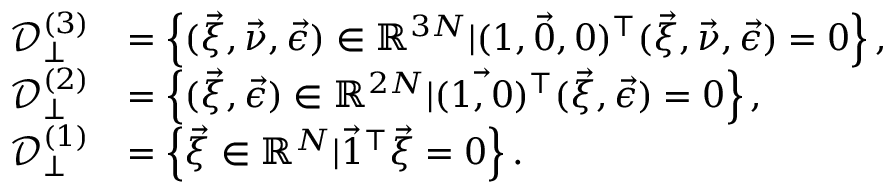
\begin{array} { r l } { \mathcal { D } _ { \perp } ^ { ( 3 ) } } & { = \left\{ ( \vec { \xi } , \vec { \nu } , \vec { \epsilon } ) \in \mathbb { R } ^ { 3 N } | ( \vec { 1 , 0 , 0 } ) ^ { \top } ( \vec { \xi } , \vec { \nu } , \vec { \epsilon } ) = 0 \right\} , } \\ { \mathcal { D } _ { \perp } ^ { ( 2 ) } } & { = \left\{ ( \vec { \xi } , \vec { \epsilon } ) \in \mathbb { R } ^ { 2 N } | ( \vec { 1 , 0 } ) ^ { \top } ( \vec { \xi } , \vec { \epsilon } ) = 0 \right\} , } \\ { \mathcal { D } _ { \perp } ^ { ( 1 ) } } & { = \left\{ \vec { \xi } \in \mathbb { R } ^ { N } | \vec { 1 } ^ { \top } \vec { \xi } = 0 \right\} . } \end{array}